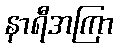
နာရီအကြာ